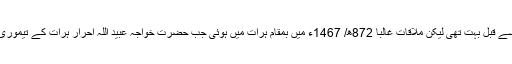
حضرت خواجہ عبید اللہ احرار سے مولانا جامی کی خط کتابت ملاقات سے قبل بہت تھی لیکن ملاقات غالباً 872ھ/ 1467ء میں بمقام ہرات میں ہوئی جب حضرت خواجہ عبید اللہ احرار ہرات کے تیموری حکمران ابو سعید مرزا کی درخواست پر چوتھی مرتبہ ہرات آئے تھے۔